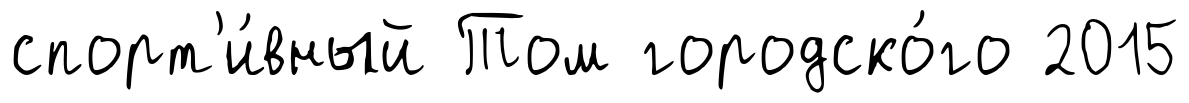
спорт'и́вный Том городско́го 2015